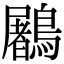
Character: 鷵